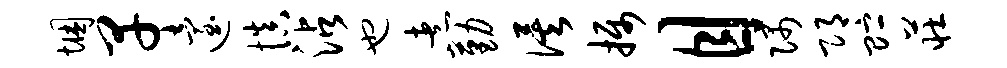
悃早迨慎沾也煮勤俟摄目隅邛贮庄